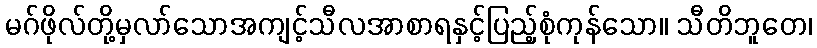
မဂ်ဖိုလ်တို့မှလာ်သောအကျင့်သီလအာစာရနှင့်ပြည့်စုံကုန်သော။ သီတိဘူတေ၊